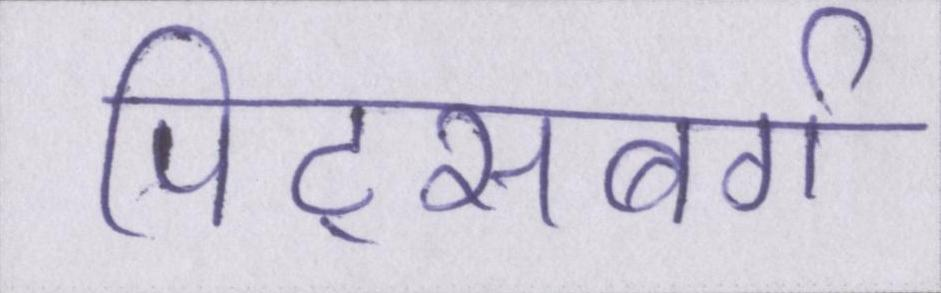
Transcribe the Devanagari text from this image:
पिट्सबर्ग